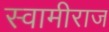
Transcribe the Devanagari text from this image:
स्वामीराज